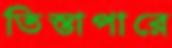
তিস্তাপারে